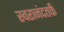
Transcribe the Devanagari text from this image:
स्वरानंदतर्फे